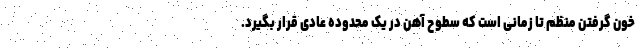
خون گرفتن منظم تا زمانی است که سطوح آهن در یک محدوده عادی قرار بگیرد.